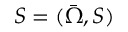
S = ( { \bar { \Omega } } , S )